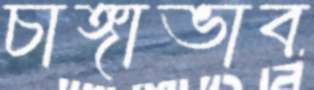
চাঙ্গাভাব